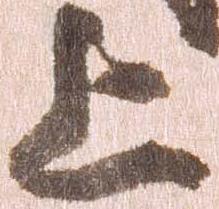
上